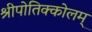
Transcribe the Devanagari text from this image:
श्रीपोतिक्कोलम्